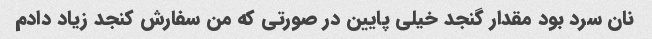
نان سرد بود مقدار گنجد خیلی پایین در صورتی که من سفارش کنجد زیاد دادم